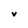
Character: V